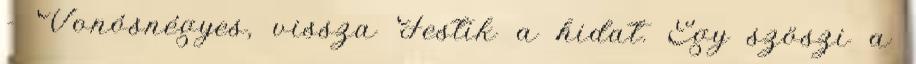
- Vonósnégyes, vissza Festik a hidat. Egy szöszi a